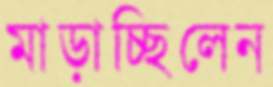
মাড়াচ্ছিলেন